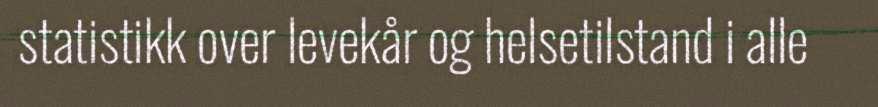
statistikk over levekår og helsetilstand i alle